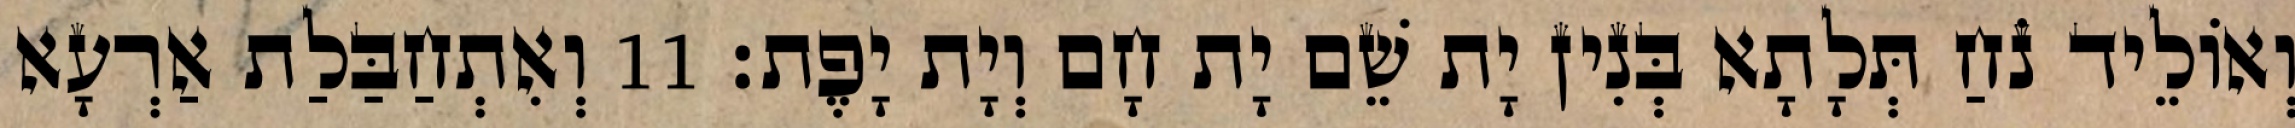
וְאוֹלֵיד נֹחַ תְּלָתָא בְּנִין יָת שֵׁם יָת חָם וְיָת יָפֶת׃ 11 וְאִתְחַבַּלַת אַרְעָא